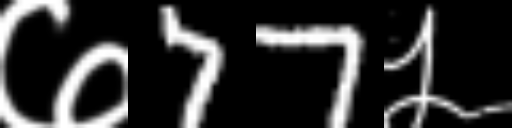
Text: ७77५